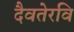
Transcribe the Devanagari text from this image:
दैवतेरवि